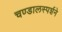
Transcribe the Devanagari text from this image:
चण्डालस्पर्शने